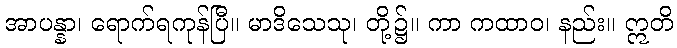
အာပန္နာ၊ ရောက်ရကုန်ပြီ။ မာဒိသေသု၊ တို့၌။ ကာ ကထာဝ၊ နည်း။ ဣတိ